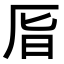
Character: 𠩊